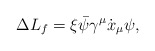
\begin{align*}\Delta L_f =\xi \bar\psi \gamma^\mu \dot{x}_\mu\psi,\end{align*}